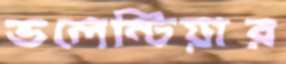
ভলেন্টিয়ার